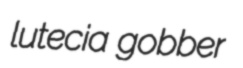
lutecia gobber